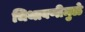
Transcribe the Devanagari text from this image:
चिथावणीमुळे